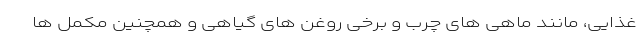
غذایی، مانند ماهی های چرب و برخی روغن های گیاهی و همچنین مکمل ها